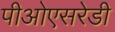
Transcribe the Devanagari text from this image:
पीओएसरेडी